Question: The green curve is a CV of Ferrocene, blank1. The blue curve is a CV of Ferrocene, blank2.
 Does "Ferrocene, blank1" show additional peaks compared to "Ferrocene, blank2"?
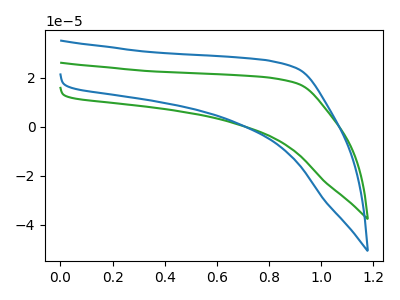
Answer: <think>The green curve "Ferrocene, blank1" has no peaks. The blue curve "Ferrocene, blank2" has no peaks.
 Neither "Ferrocene, blank1" or "Ferrocene, blank2" have any peaks.</think>
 <answer>No, "Ferrocene, blank1" and "Ferrocene, blank2" don't appear to be significantly different in shape</answer>
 <eval>no_change</eval>